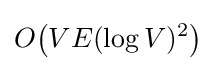
O{\bigl (}VE(\log V)^{2}{\bigr )}